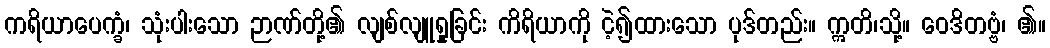
ကရိယာပေက္ခံ၊ သုံးပါးသော ဉာဏ်တို့၏ လျစ်လျူရှုခြင်း ကိရိယာကို ငဲ့၍ထားသော ပုဒ်တည်း။ ဣတိ၊သို့။ ဝေဒိတဗ္ဗံ၊ ၏။